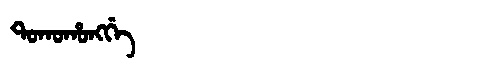
Manchu: ᡨᠣᡴᠣᡥᠣᠩᡤᡝ
Romanization: TOKOHONGGE